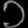
Digit: ၁